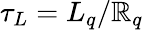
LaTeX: \tau_{L}=L_{q}/\mathbb{R}_{q}